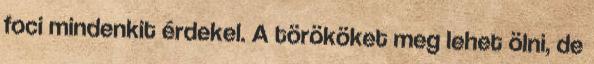
foci mindenkit érdekel. A törököket meg lehet ölni, de